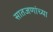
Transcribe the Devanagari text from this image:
सातजणांच्या